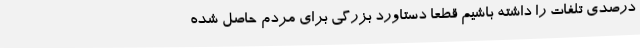
درصدی تلفات را داشته باشیم قطعا دستاورد بزرگی برای مردم حاصل شده